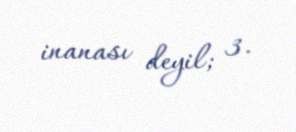
inanası deyil; 3.